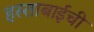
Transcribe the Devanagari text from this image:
हस्ताबाईची